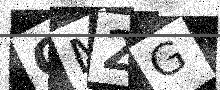
Text: QM2G